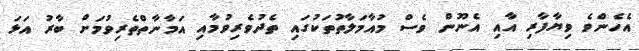
އެހެންވެ ވިޔާފާރި އާއި އެނޫން ވެސް މުއާމަލާތުތަކުގައި ތެދުވެރިވުމާއި އަމާނާތްތެރިވުމަށް ބާރު އަޅަ